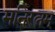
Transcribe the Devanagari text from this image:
मनिरत्नम्‌